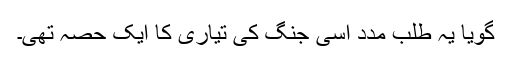
گویا یہ طلب مدد اسی جنگ کی تیاری کا ایک حصہ تھی۔